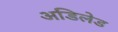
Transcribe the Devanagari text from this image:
अडिलेड